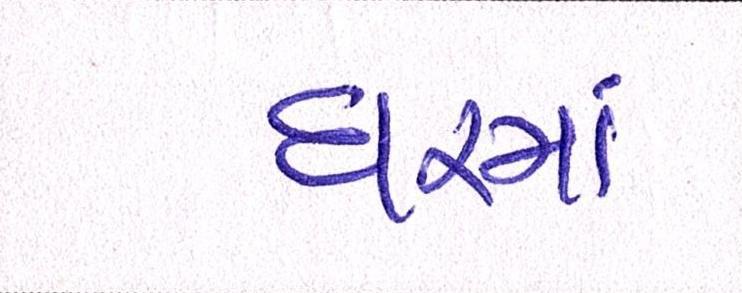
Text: ધરમાં